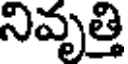
నివృత్తి